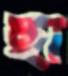
ছা